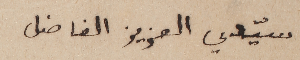
سيّدي العزيز الفاضل